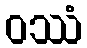
ဝဿံ